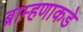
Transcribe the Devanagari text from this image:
ब्राम्हणाकडे